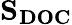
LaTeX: \mathbf{S_{DOC}}